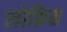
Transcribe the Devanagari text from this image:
लोक्रिस